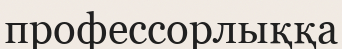
профессорлыққа